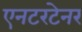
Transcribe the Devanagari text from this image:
एनटरटेनर